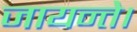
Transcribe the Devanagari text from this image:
जायन्ते।